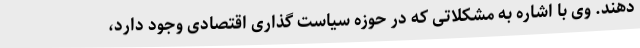
دهند. وی با اشاره به مشکلاتی که در حوزه سیاست گذاری اقتصادی وجود دارد،